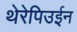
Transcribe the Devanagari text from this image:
थेरेपिउईन